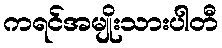
ကရင်အမျိုးသားပါတီ